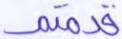
قدمتم